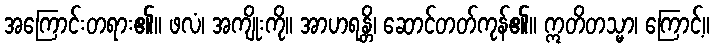
အကြောင်းတရား၏။ ဖလံ၊ အကျိုးကို။ အာဟရန္တိ၊ ဆောင်တတ်ကုန်၏။ ဣတိတသ္မာ၊ ကြောင့်။